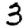
Digit: 3